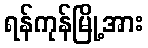
ရန်ကုန်မြို့အား